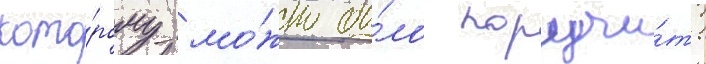
кото́рому мо́жно бы́ло поручи́ть